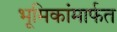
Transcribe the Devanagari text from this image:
भूमिकांमार्फत